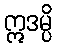
ဣဒမ္ပိ